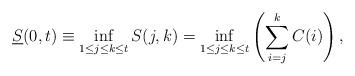
LaTeX: \begin{align*} \underline{S}(0,t) \equiv \inf_{{1}\le{j}\le{k}\le{t}}S(j,k) = \inf_{{1}\le{j}\le{k}\le{t}}\left(\sum\limits_{i=j}\limits^{k}{C(i)}\right),\end{align*}